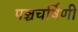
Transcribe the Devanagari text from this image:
पञ्चचर्षिणी